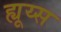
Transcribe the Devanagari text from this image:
ह्यूय्स